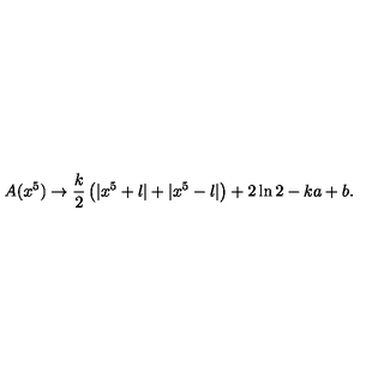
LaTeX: A ( x ^ { 5 } ) \rightarrow \frac { k } { 2 } \left( | x ^ { 5 } + l | + | x ^ { 5 } - l | \right) + 2 \ln 2 - k a + b .